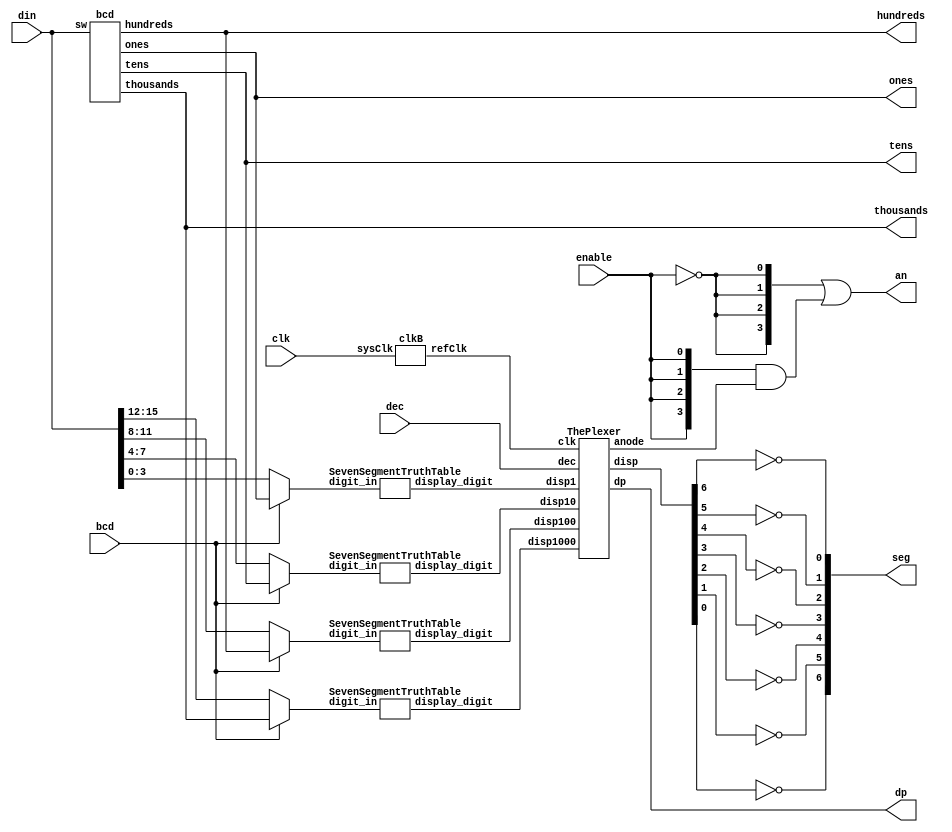
`timescale 1ns / 1ps

/***************************************************************
 *	THIS IS THE MAIN MODULE where various other modules work		*
 *		together to bring in an 8-bit binary value, convert it	*
 *		to Binary Coded Decimal, and display the initial 8-bit	*
 *    input as a decimal number from 0 - 255 on the Basys2		*
 *		7-segment display with a "F" in the right most position 	*
 *		to represent Fahrenheit.											*
 *																					*
 *	NOTE:  With minor modifications (currently untested), the	*
 *		8-bit binary value can also be represented as a two 		*
 *		digit hexadecimal number.											*
 ***************************************************************/

module SevenSegmentDriver (
			   input 	clk,
			   input [15:0] din,
			   input 	bcd,
			   input [1:0] 	dec,
			   input 	enable,
			   output [3:0] an, 
			   output [6:0] seg,
			   output 	dp,
			   output [3:0] ones,
			   output [3:0] tens,
			   output [3:0] hundreds,
			   output [3:0] thousands
			   );
   
   //used to bring .display_digit in and to seg
   wire [6:0] 				ones_place;
   wire [6:0] 				tens_place;
   wire [6:0] 				hundreds_place;
   wire [6:0] 				thousands_place;
   
   reg [3:0] 				ones_sel;
   reg [3:0] 				tens_sel;
   reg [3:0] 				hundreds_sel;
   reg [3:0] 				thousands_sel;

   wire [3:0] 				_an;
   assign an = {4{~enable}} | {4{enable}}&_an;
   
   wire 				refclk;	
   //display is active low, inversion needed
   wire [6:0] 				segNot;
   assign seg[0] = ~segNot[6];
   assign seg[1] = ~segNot[5];
   assign seg[2] = ~segNot[4];
   assign seg[3] = ~segNot[3];
   assign seg[4] = ~segNot[2];
   assign seg[5] = ~segNot[1];
   assign seg[6] = ~segNot[0];
   
   
   // Display Mux
   ThePlexer Mux(
		 .disp1(ones_place),
		 .disp10(tens_place),
		 .disp100(hundreds_place),
		 .disp1000(thousands_place),
		 .clk(refclk),
		 .disp(segNot), //segNot
		 .anode(_an),
		 .dec(dec),
		 .dp(dp)
		 );
   
   
   // clkB, the system clk divided
   clkB clkInst (
		 .sysClk(clk),
		 .refClk(refclk)
		 );
   
   
   /******************************************************************
    *		Three instances of in->out truth table for 7-seg display		*
    * 	--------------------------------------------------------		*
    * 		(one instance per digit)											*
    *			## uncomment the module you want to use						*
    ******************************************************************/
   SevenSegmentTruthTable digit1s( 
				   //ONES PLACE
      
				   //BCD
				   .digit_in(ones_sel),				//in  4-bit
				   .display_digit(ones_place)	//out	7-bit

      
				   /*
				    //HEX
				    .digit_in(NumberIn[3:0]),
				    .display_digit(1s_place[6:0])
				    */
				   );
   
   SevenSegmentTruthTable digit10s(
				   //TENS PLACE
      
				   //BCD
				   .digit_in(tens_sel),				//in	4-bit
				   .display_digit(tens_place)	//out	7-bit
      
				   /*
				    //HEX
				    .digit_in(NumberIn[7:4]),
				    .display_digit(10s_place[6:0])
				    */
				   );
   
   SevenSegmentTruthTable digit100s(
				    //HUNDREDS PLACE

				    //BCD
				    .digit_in(hundreds_sel),			//in	4-bit
				    .display_digit(hundreds_place) //out	7-bit
      
				    /*
				     //HEX
				     .digit_in(NumberIn[11:8]),
				     .display_digit(100s_place[6:0])
				     */
				    );

   SevenSegmentTruthTable digit1000s(
				     //HUNDREDS PLACE

				     //BCD
				     .digit_in(thousands_sel),			//in	4-bit
				     .display_digit(thousands_place) //out	7-bit
      
				     /*
				      //HEX
				      .digit_in(NumberIn[11:8]),
				      .display_digit(100s_place[6:0])
				      */
				     );
   
   
   
   
   /******************************
    *		INTERFACE INSTANCES		*
    *		-------------------		*
    *			(1) HEX					*
    *			(2) BCD					*
    *										*
    *  ## uncomment the one		*
    *			you want to use		*
    ******************************/
   
   /*
    //NOTE: may need other modifications to work
    // (1) HEX interface	
    SwitchIn SI(.NumberIn(sw1))	//out
    */
   
   // (2) BCD interface
   bcd bcd_in(
	      .sw(din),			    //in	16-bit
	      .ones(ones),			//out	4-bit
	      .tens(tens),			//out	4-bit
	      .hundreds(hundreds)	,    //out	4-bit
	      .thousands(thousands)	//out	4-bit
	      );

   always @* begin
      if (bcd) begin
         ones_sel <= ones;
         tens_sel <= tens;
         hundreds_sel <= hundreds;
         thousands_sel <= thousands;
      end
      else begin
         ones_sel <= din[3:0];
         tens_sel <= din[7:4];
         hundreds_sel <= din[11:8];
         thousands_sel <= din[15:12];
      end
   end
endmodule
`timescale 1ns / 1ps
/***************************************************************
 *	This module takes in a 4-bit Binary Coded Decimal value	 	*
 *		and assigns it a 7-bit value for display on a 7-segment	*
 *		display.																	*
 ***************************************************************/
  module SevenSegmentTruthTable(
				input [3:0] 	 digit_in, 
				output reg [6:0] display_digit
				);
   
   always @(*) begin //* run when any input changes
      case (digit_in)
	4'b0000 : display_digit = 7'b1111110; //0
	4'b0001 : display_digit = 7'b0110000; //1
	4'b0010 : display_digit = 7'b1101101; //2
	4'b0011 : display_digit = 7'b1111001; //3
	4'b0100 : display_digit = 7'b0110011; //4
	4'b0101 : display_digit = 7'b1011011; //5
	4'b0110 : display_digit = 7'b1011111; //6
	4'b0111 : display_digit = 7'b1110000; //7
	4'b1000 : display_digit = 7'b1111111; //8
	4'b1001 : display_digit = 7'b1111011; //9
	4'b1010 : display_digit = 7'b1110111; //a
	4'b1011 : display_digit = 7'b0011111; //b
	4'b1100 : display_digit = 7'b0001101; //c
	4'b1101 : display_digit = 7'b0111101; //d
	4'b1110 : display_digit = 7'b1001111; //e
	4'b1111 : display_digit = 7'b1000111; //f
	// default case to catch unexpected or invalid inputs :
	default : display_digit = 7'b0000000;
      endcase
   end

 
endmodule
`timescale 1ns / 1ps


/******************************************
 *	This Multiplexer switches the 			*
 *		4 place values across the four		*
 *		anodes for display.  Note that		*
 *		the right most place value will		*
 *		always be an "F" to represent			*
 *		degrees Farenheit.						*
 *******************************************/

module ThePlexer(
		 input [6:0] 	  disp1,
		 input [6:0] 	  disp10,
		 input [6:0] 	  disp100,
		 input [6:0] 	  disp1000,
		 input [1:0] 	  dec,
		 input 		  clk,
		 output reg [6:0] disp,
		 output reg [3:0] anode,
		 output reg 	  dp
		 );
   
   /*
    // Clk for Simulation. In REAL WORLD, use divided 
    //		clock value the main module.
    wire clk;
    clkA clkInst (
    .clk(clk)
    );
    */
   
   // rotating select, 2-bits
   reg [1:0] 			  sel;
   
   // initialize select value
   initial begin
      sel <= 0;
   end
   
   // rotate select as the divided clock value changes
   always @ (posedge clk)
     begin
	sel <= sel + 1;
     end
   
   // Plexage
   //		This assigns the place value data and the anode control
   //		to its correct display digit.
   always @(*) begin //* run when any input changes
      case (sel)
	2'b00 : begin //thousands
           // This if statement makes the value 0 not display
           if (disp1000 == 7'b1111110) begin
              //anode = 4'b1111; //1111
              disp = 7'b0000000;
           end
           
           else    begin
              disp = disp1000;
           end
           anode = 4'b0111; //0111                
           if (dec==2'b11)
             dp = 0;
           else
             dp = 1;
        end
        
	2'b01 : begin //hundreds
	   // This if statement makes the value 0 not display
	   if ((disp100== 7'b1111110) & (disp1000 == 7'b1111110)) begin
	      //anode = 4'b1111; //1111
	      disp = 7'b0000000;
	   end
	   
	   else	begin
	      disp = disp100;
	   end
	   anode = 4'b1011; //0111
           if (dec==2'b10)
             dp = 0;
           else
             dp = 1;					
	end
	
	2'b10 : begin //tens
	   // This if statement makes the value 0 not display
	   //		ONLY if hundreds place is also 0
	   if ((disp10== 7'b1111110) & (disp100== 7'b1111110) & (disp1000== 7'b1111110)) begin
	      //anode = 4'b1111; //1111
	      disp = 7'b0000000;
	   end
	   
	   else	begin
	      disp = disp10;
	   end
	   anode = 4'b1101; //1011
           if (dec==2'b01)
             dp = 0;
           else
             dp = 1;                    
	   
	end	

	
	2'b11 : begin  //ones
	   // will always display 0 if it is 0
	   disp = disp1;
	   anode = 4'b1110; //1101
	   if (dec==2'b00)
             dp = 0;
           else
             dp = 1;
	end
	/*
	 2'b11 : begin
	 // Fahrenheit symbol
	 disp = 7'b1000111; //F
	 anode = 4'b1110; //1110
				end
	 */			
	// If the sh** hits the fan with the
	//		rotating select, display an "E"
	// 	for "Error" in the hundreds place
	default : begin
	   disp = 7'b1001111;
	   anode = 4'b0111; //0111
	end
      endcase
   end
endmodule
`timescale 1ns / 1ps

/***************************************************************
 *	This module takes in an 8-bit binary value and converts		*
 * 	it to three 4-bit Binary Coded Decimal Values. The			*
 *		algorithm used is a variation on the Dibble-Dabble.		*
 ***************************************************************/
module bcd(
	   //*NOTE: If this input is set to "sw" then it will be
	   //		recieveing input from the 8 onborard toggle switches
	   //		as an 8-bit input.
	   input [15:0]     sw, //8-bit binary in
	   output reg [3:0] thousands, //4-bit hundereds, 1st column
	   output reg [3:0] hundreds, //4-bit hundereds, 1st column
	   output reg [3:0] tens, //4-bit tens, 2nd column
	   output reg [3:0] ones		//4-bit ones, 3rd column
	   );
   
   integer 		    index; // to decrement with for loop
   
   always @(sw) //only change when binary element changes
     begin
	//set 100's, 10's, and 1's to 0
	thousands = 4'd0; 	//4-bit decimal = 0
	hundreds = 4'd0; 	//4-bit decimal = 0
	tens = 4'd0; 		//4-bit decimal = 0
	ones = 4'd0; 		//4-bit decimal = 0
	
	for (index = 15; index >= 0; index = index - 1) //decrement to start with highest place value
	  begin
	     
	     //add 3 to each column if the value is >= 5
	     if (thousands >= 5)
               thousands =  thousands + 3;

	     if (hundreds >= 5)
	       hundreds =  hundreds + 3;
	     
	     if (tens >= 5)
	       tens =  tens + 3;
	     
	     if (ones >= 5)
	       ones =  ones + 3;
	     
	     //shift to the left 1 ALWAYS
	     //shift the biggest values first so they are out of the way
	     thousands = thousands << 1;	//shift hundreds 1 to left
             thousands[0] = hundreds[3];         //highest value in the tens column is assigned to the lowest place value in the hundreds column

	     hundreds = hundreds << 1;	//shift hundreds 1 to left
	     hundreds[0] = tens[3]; 		//highest value in the tens column is assigned to the lowest place value in the hundreds column
	     
	     tens = tens << 1; 	//shift tens 1 to left
	     tens[0] = ones[3]; 	//lowest of tens is assigned the highest of the ones
	     
	     ones = ones << 1;		//shift ones 1 to left
	     ones[0] = sw[index]; //lowest of ones is assigned next value in binary
	  end //for
     end //always
   
   
   
endmodule //bcd
`timescale 1ns / 1ps
/******************************************
 *	This module divides the system clock	*
 *		values (@50hz) into arbitrarily		*
 *		lower frequencies for a balanced		*
 *		length of time for anode control		*
 *		on a 7-segment display.					*
 ******************************************/

module clkB(
	    input      sysClk,
	    output reg refClk
	    );

   reg [23:0] 	       count;
   
   initial begin
      count = 0;
      refClk = 0;
   end

   always @ (posedge sysClk) begin
      //edit the "count up to" value to change anode display rate
      if (count == 24'd100000) begin 
	 count <= 0;
	 refClk <= ~refClk;			
      end
      
      else begin
	 count <= count + 1;
      end
   end
   
   
   
endmodule